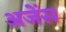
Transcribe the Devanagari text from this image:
अजेंस